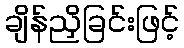
ချိန်ညှိခြင်းဖြင့်